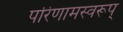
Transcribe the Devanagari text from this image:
परिणामस्वरूप्